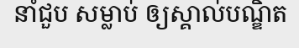
នាំជួប សម្លាប់ ឲ្យស្គាល់បណ្ឌិត